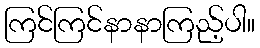
ကြင်ကြင်နာနာကြည့်ပါ။